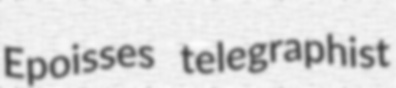
Epoisses telegraphist